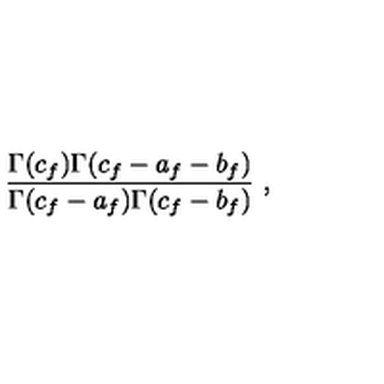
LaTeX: { \frac { \Gamma ( c _ { f } ) \Gamma ( c _ { f } - a _ { f } - b _ { f } ) } { \Gamma ( c _ { f } - a _ { f } ) \Gamma ( c _ { f } - b _ { f } ) } } \ ,